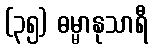
(၃၅) ဓမ္မာနုသာရီ